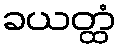
ခယတ္ထံ